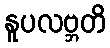
နူပလဗ္ဘတိ